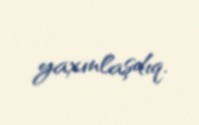
yaxınlaşdıq.